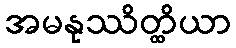
အမနုဿိတ္ထိယာ